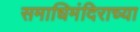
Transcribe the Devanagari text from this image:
समाधिमंदिराच्या